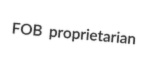
FOB proprietarian